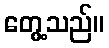
တွေ့သည်။